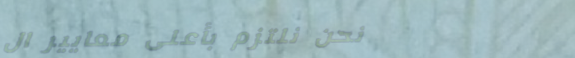
نحن نلتزم بأعلى معايير ال